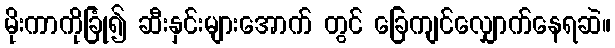
မိုးကာကိုခြုံ၍ ဆီးနှင်းများအောက် တွင် ခြေကျင်လျှောက်နေရဆဲ။